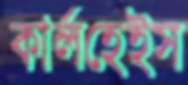
কার্লহেইস